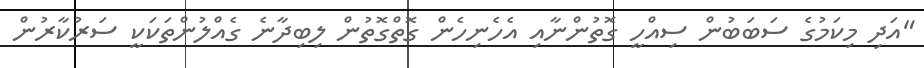
"އަދި މިކަމުގެ ސަބަބުން ސިއްހީ ގޮތުންނާއި އެހެނިހެން ގޮތްގޮތުން ލިބިދާނެ ގެއްލުންތަކަކީ ސަރުކާރުން